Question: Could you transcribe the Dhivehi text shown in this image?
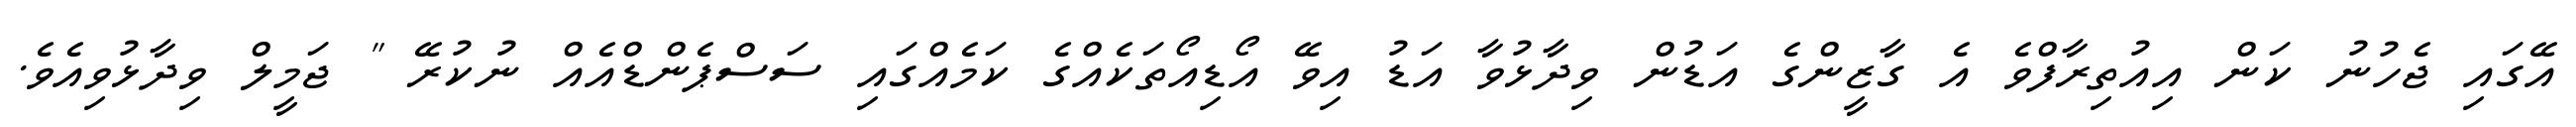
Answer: އޭގައި ޖެހުނު ކަން އިއުތިރާފްވެ އެ ގާޒީންގެ އަޑުން ވިދާޅުވާ އަޑު އިވޭ އޯޑިއޯތަކެއްގެ ކަމެއްގައި ސަސްޕެންޑްއެއް ނުކުރޭ " ޖަމީލް ވިދާޅުވިއެވެ.